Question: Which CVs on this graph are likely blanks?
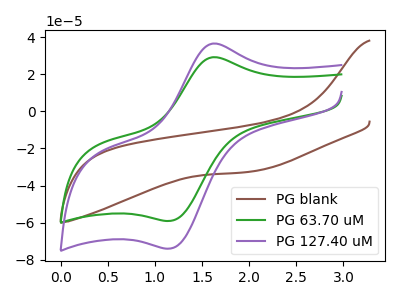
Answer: <think>The brown curve "PG blank" has no peaks. The green curve "PG 63.70 uM" has an anodic peak at (1.65V, 29.15uA) and a cathodic peak at (1.15V, -59.05uA). The purple curve "PG 127.40 uM" has an anodic peak at (1.65V, 36.55uA) and a cathodic peak at (1.15V, -73.95uA).</think>
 <answer>"PG blank" is likely to be a blank.</answer>
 <eval>PG blank</eval>